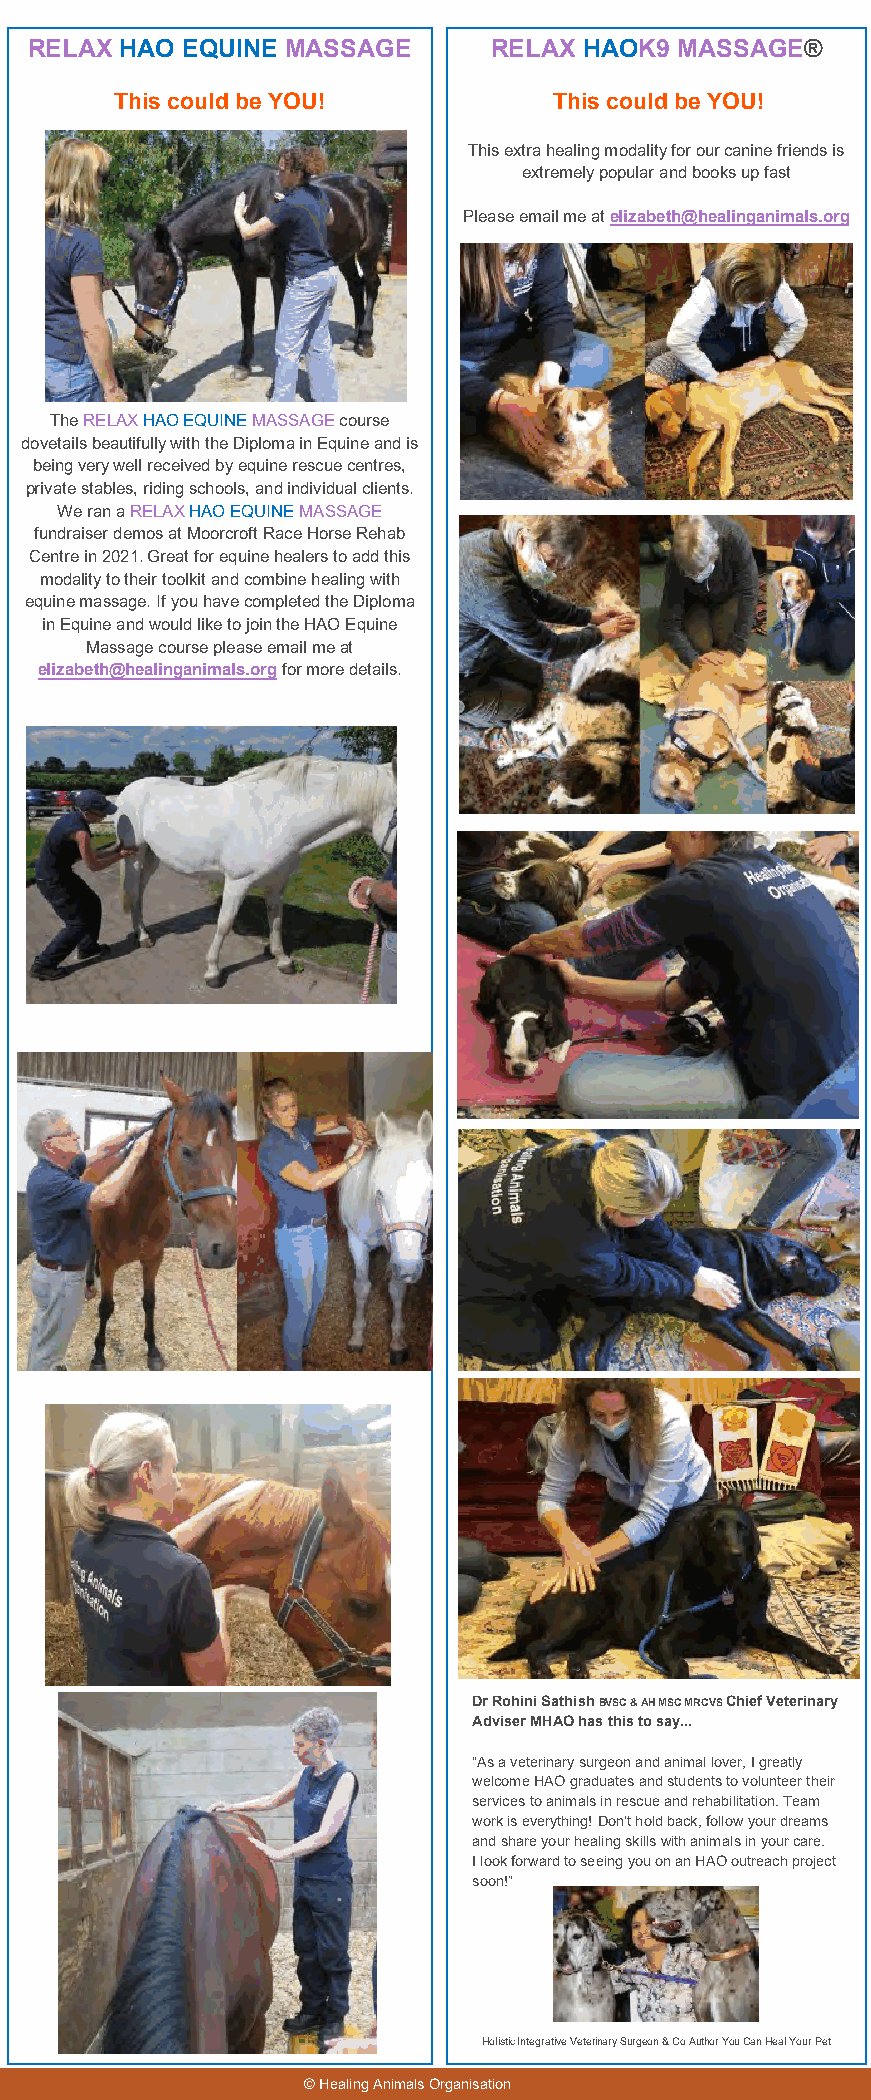
RELA X HAO EQUINE MASSAGE     RELAX  HAOK9 MASSAGE®
 This could be YOU!           This could be YOU!
 This extra healing modality for our canine friends is
 extremely popular and books up fast
 Please email me at elizabeth@healinganimals.org
 The RELAX HAO EQUINE MASSAGE course
 dovetails beautifully with the Diploma in Equine and is
 being very well received by equine rescue centres,
 private stables, riding schools, and individual clients.
 We ran a RELAX HAO EQUINE MASSAGE
 fundraiser demos at Moorcroft Race Horse Rehab
 Centre in 2021. Great for equine healers to add this
 modality to their toolkit and combine healing with
 equine massage. If you have completed the Diploma
 in Equine and would like to join the HAO Equine
 Massage course please email me at
 elizabeth@healinganimals.org for more details.
 Dr Rohini Sathish BVSC & AH MSC MRCVS Chief Veterinary
 Adviser MHAO has this to say...
 “As a veterinary surgeon and animal lover, I greatly
 welcome HAO graduates and students to volunteer their
 services to animals in rescue and rehabilitation. Team
 work is everything! Don’t hold back, follow your dreams
 and share your healing skills with animals in your care.
 I look forward to seeing you on an HAO outreach project
 soon!”
 Holistic Integrative Veterinary Surgeon & Co Author You Can Heal Your Pet
 © Healing Animals Organisation